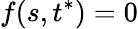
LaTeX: f(s,t^{*})=0